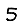
Digit: 5